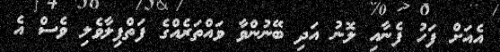
އެއަށް ފަހު ފެނާއި ލޮނު އަދި ބޭނުންވާ ވައްތަރެއްގެ ފަތްޕިލާވެލި ވެސް އެ